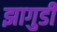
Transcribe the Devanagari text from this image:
झागुर्डी